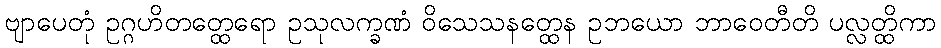
ဗျာပေတုံ ဥဂ္ဂဟိတတ္ထေရော ဥသုလက္ခဏံ ဝိသေသနတ္ထေန ဥဘယော ဘာဝေတီတိ ပလ္လတ္ထိကာ